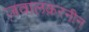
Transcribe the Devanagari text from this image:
ज़वालक़रनीन